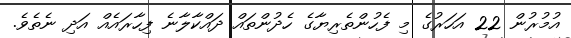
އުމުރުން 22 އަހަރުގެ މި ފެހުންތެރިޔާގެ ހެދުންތައް ދައްކާލާނެ ފިހާރައެއް އަދި ނެތެވެ.